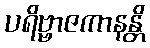
ပရိဗ္ဗာဇကာနန္တိ